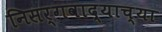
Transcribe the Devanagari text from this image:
निसर्गवाद्याच्या